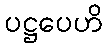
ပဋ္ဌပေဟိ